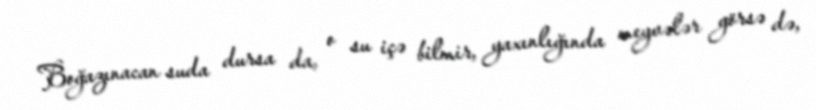
Boğazınacan suda dursa da, o su içə bilmir, yaxınlığında meyvələr görsə də,